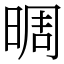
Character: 晭